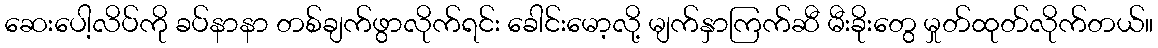
ဆေးပေါ့လိပ်ကို ခပ်နာနာ တစ်ချက်ဖွာလိုက်ရင်း ခေါင်းမော့လို့ မျက်နှာကြက်ဆီ မီးခိုးတွေ မှုတ်ထုတ်လိုက်တယ်။